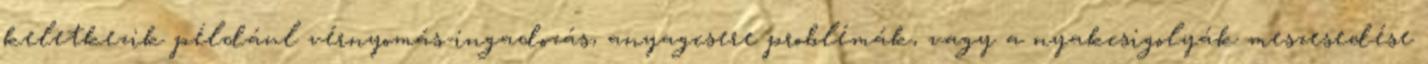
keletkezik például vérnyomás-ingadozás, anyagcsere problémák, vagy a nyakcsigolyák meszesedése